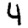
Digit: 4